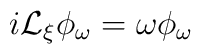
i{\cal L}_\xi \phi_\omega=\omega \phi_\omega~~~